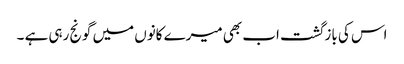
اس کی بازگشت اب بھی میرے کانوں میں گونج رہی ہے ۔